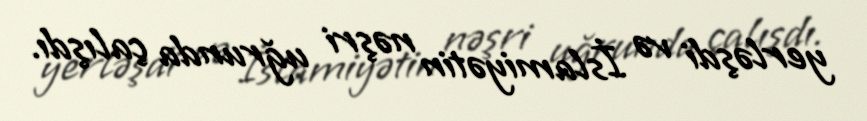
yerləşdi və İslamiyətin nəşri uğrunda çalışdı.